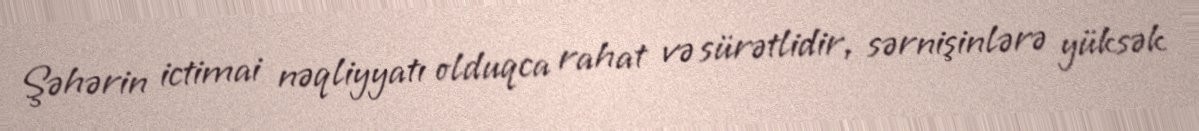
Şəhərin ictimai nəqliyyatı olduqca rahat və sürətlidir, sərnişinlərə yüksək